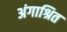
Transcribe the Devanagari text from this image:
अंगाश्रित